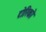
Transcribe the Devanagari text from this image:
टोरिको